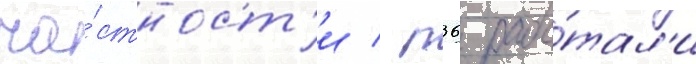
ча́стност'и / п36 рабо́тал'и